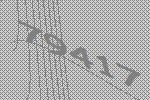
79417